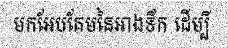
មកអែបគែមនៃអាងទឹក ដើម្បី